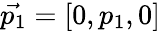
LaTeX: \vec{p_{1}}=[0,p_{1},0]